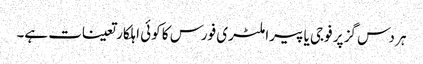
ہر دس گز پر فوجی یا پیراملٹری فورس کا کوئی اہلکار تعینات ہے۔